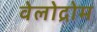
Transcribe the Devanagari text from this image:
वेलोद्रोम